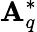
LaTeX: \mathbf{A}_{q}^{*}